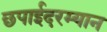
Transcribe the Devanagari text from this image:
छपाईदरम्यान